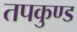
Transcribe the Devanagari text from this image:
तपकुण्ड